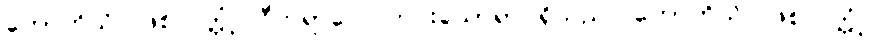
ဟောဟိသိ၊ ဖြစ်လတ္တံ့။ ဝီတရာဂေါ၊ ကင်းသောရာဂရှိသည်။ ဟောဟိသိ၊ ဖြစ်လတ္တံ့။